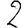
Digit: 2